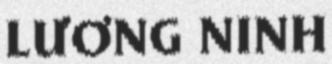
LƯƠNG NINH